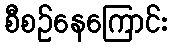
စီစဉ်နေကြောင်း